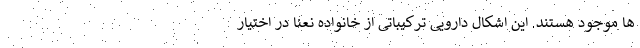
ها موجود هستند. این اشکال دارویی ترکیباتی از خانواده نعنا در اختیار